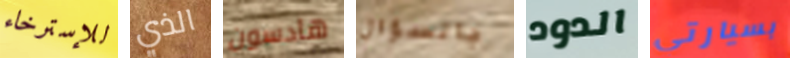
للإسترخاء الذي هادسون بالسؤال الدود بسيارتي